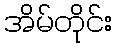
အိမ်တိုင်း